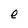
Character: e